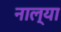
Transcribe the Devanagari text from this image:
नाल्या